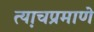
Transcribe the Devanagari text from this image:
त्या़चप्रमाणे